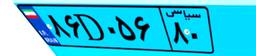
۸۶D۰۵۶۸۰